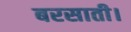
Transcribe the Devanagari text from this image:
बरसाती।